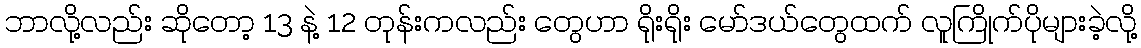
ဘာလို့လည်း ဆိုတော့ 13 နဲ့ 12 တုန်းကလည်း တွေဟာ ရိုးရိုး မော်ဒယ်တွေထက် လူကြိုက်ပိုများခဲ့လို့